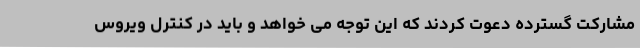
مشارکت گسترده دعوت کردند که این توجه می خواهد و باید در کنترل ویروس